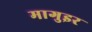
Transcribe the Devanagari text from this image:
मागुइर